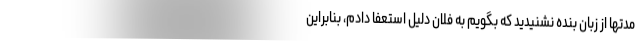
مدتها از زبان بنده نشنیدید که بگویم به فلان دلیل استعفا دادم، بنابراین